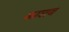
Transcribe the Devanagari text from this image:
काशब